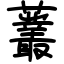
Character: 䕺